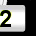
Digit: 2